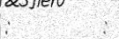
:         :